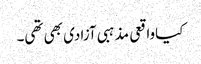
کیاواقعی مذہبی آزادی بھی تھی۔